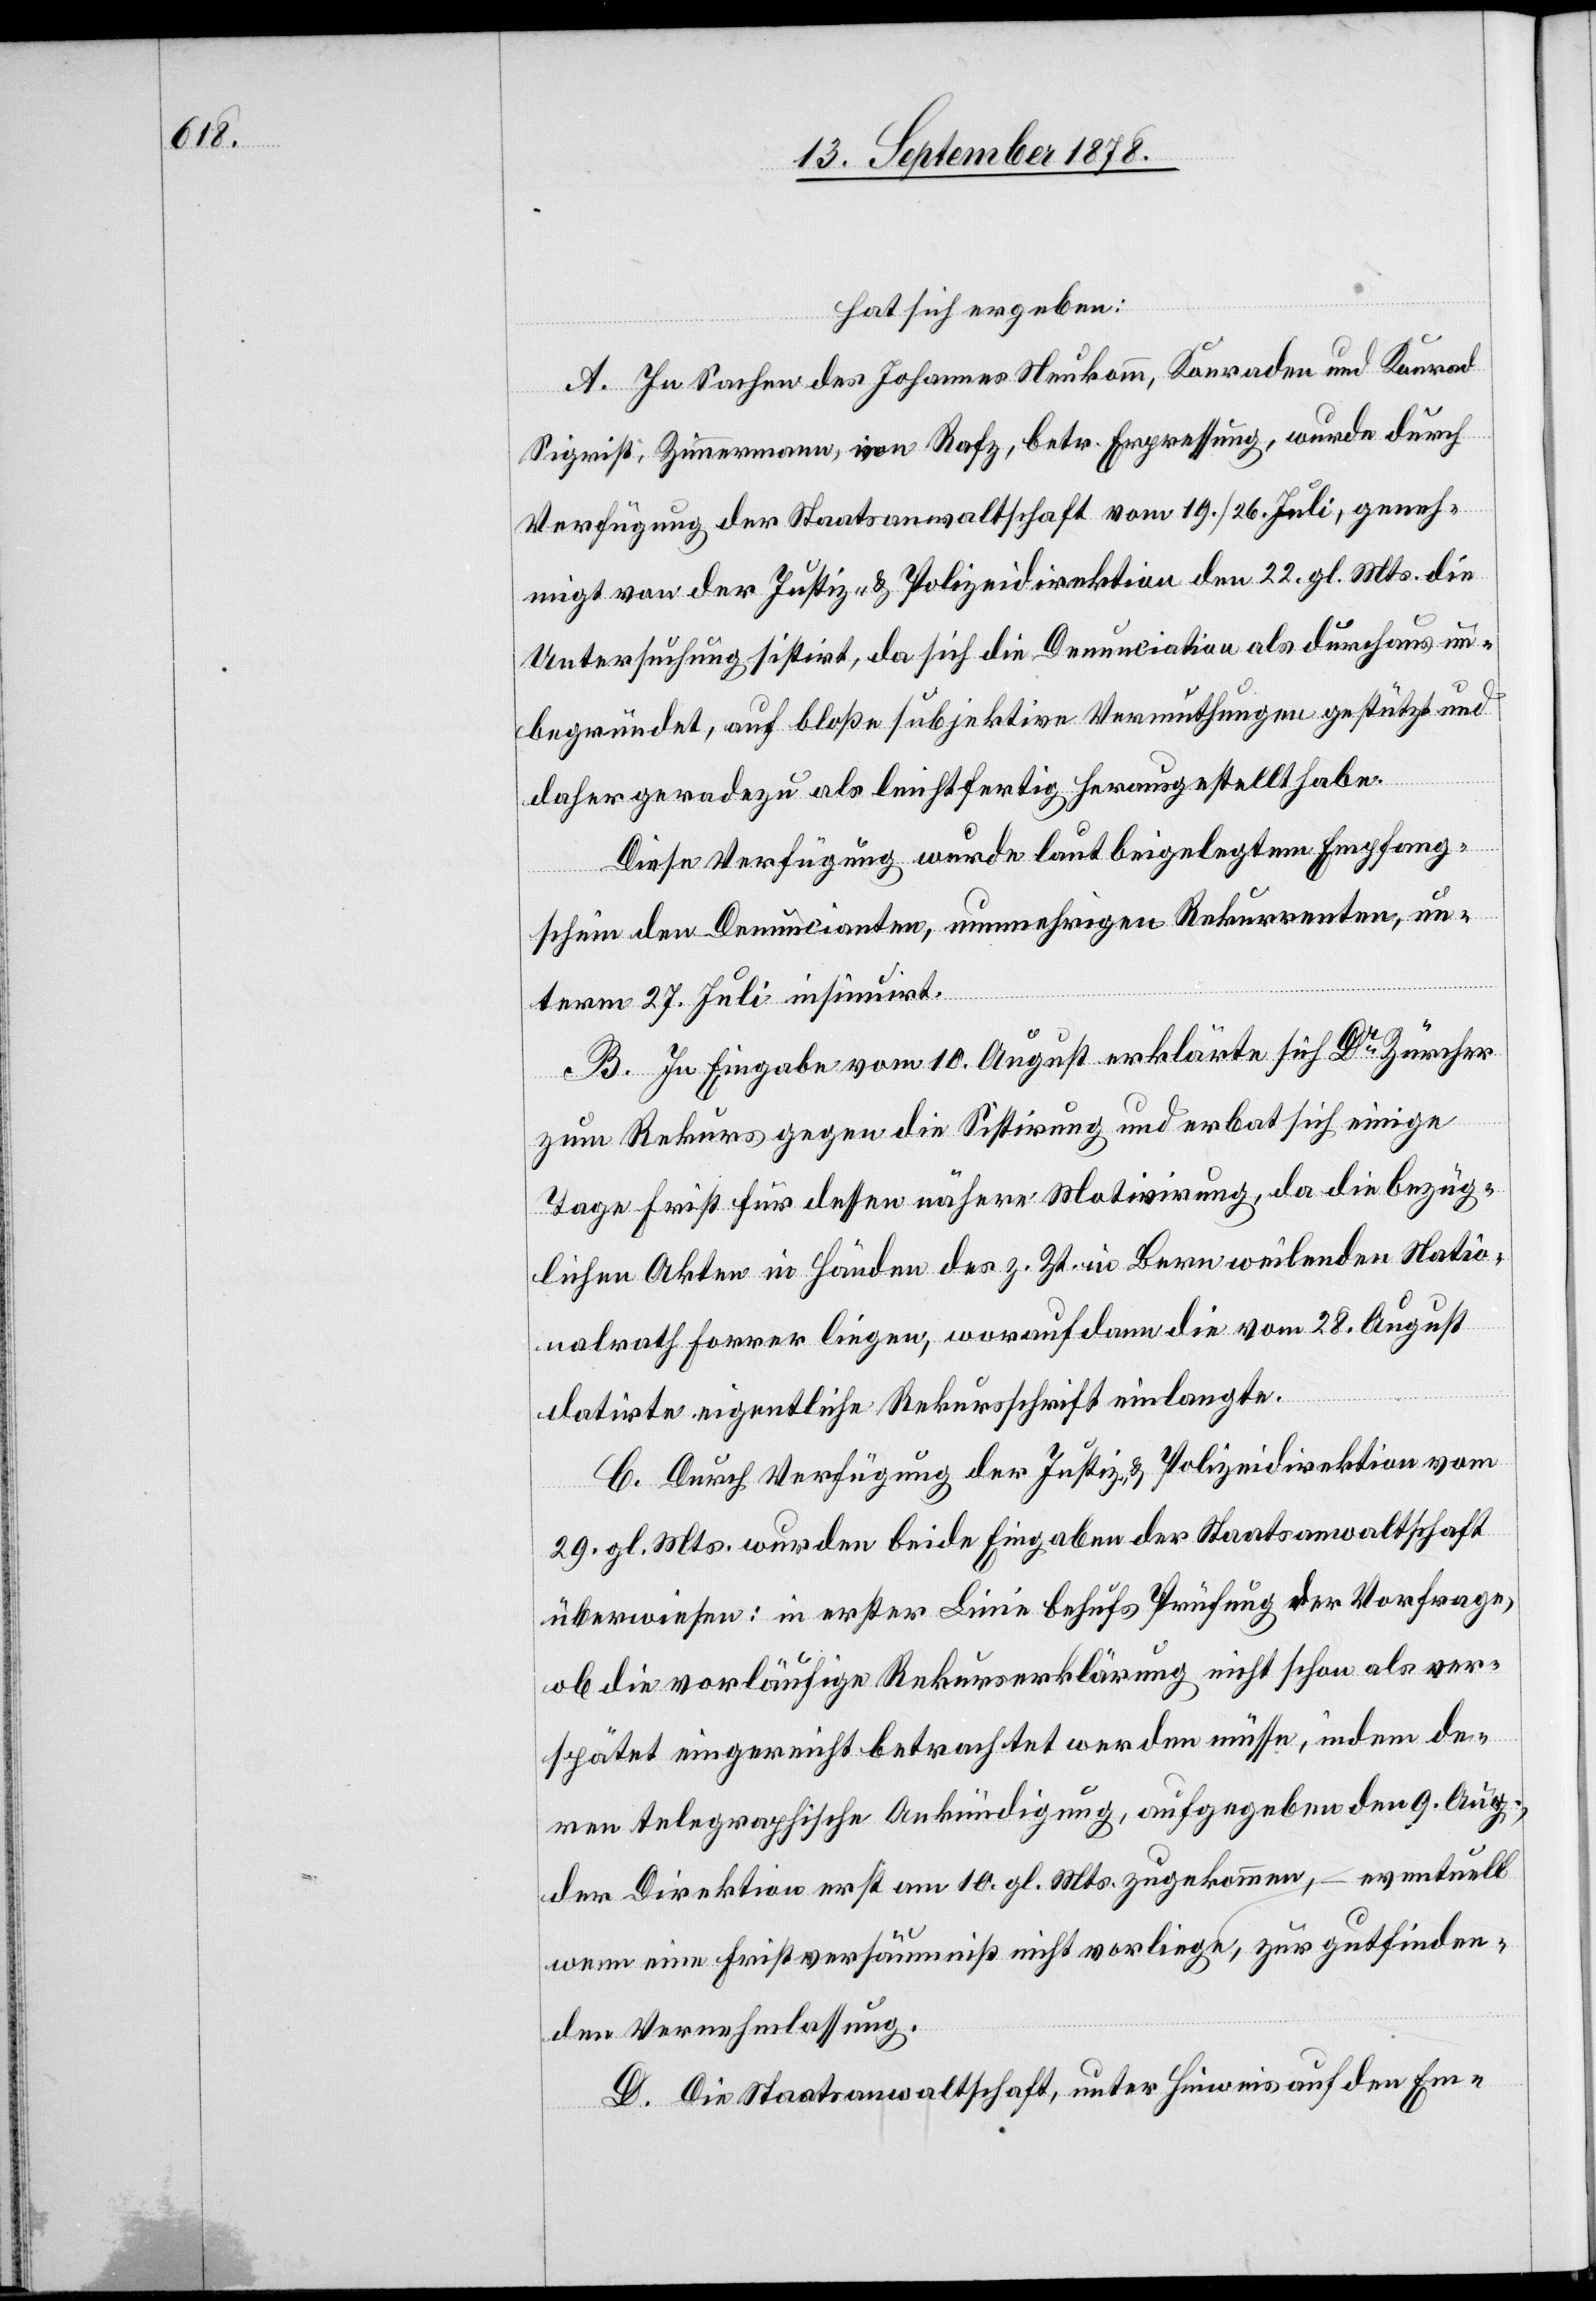
hat sich ergeben:
A. In Sachen des Johannes Neukomm, Konraden und Konrad
Sigrist, Zimmermann, in Rafz, betr. Erpressung, wurde durch
Verfügung der Staatsanwaltschaft vom 19./26. Juli, geneh¬
migt von der Justiz- & Polizeidirektion den 22. gl. Mts. die
Untersuchung sistirt, da sich die Denunciation als durchaus un¬
begründet, auf bloße subjektive Vermuthungen gestüzt und
daher geradezu als leichtfertig herausgestellt habe.
Diese Verfügung wurde laut beigelegtem Empfang¬
schein den Denuncianten, nunmehrigen Rekurrenten, un¬
term 27. Juli insinuirt.
B. In Eingabe vom 10. August erklärte sich Dr Zürcher
zum Rekurs gegen die Sistirung und erbot sich einige
Tage Frist für dessen nähere Motivirung, da die bezüg¬
lichen Akten in Händen des z. Zt. in Bern weilenden Natio¬
nalrath Forrer liegen, worauf dann die vom 28. August
datirte eigentliche Rekursschrift einlangte.
C. Durch Verfügung der Justiz- & Polizeidirektion vom
29. gl. Mts. wurden beide Eingaben der Staatsanwaltschaft
überwiesen: in erster Linie behufs Prüfung der Vorfrage,
ob die vorläufige Rekurserklärung nicht schon als ver¬
spätet eingereicht betrachtet werden müsse, indem de¬
ren telegraphische Ankündigung, aufgegeben den 9. Aug.,
der Direktion erst am 10. gl. Mts. zugekommen, eventuell
wenn eine Fristversäumniß nicht vorliege, zur gutfinden¬
den Vernehmlassung.
D. Die Staatsanwaltschaft, unter Hinweis auf den Em-